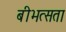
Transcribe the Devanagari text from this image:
बीभत्सता